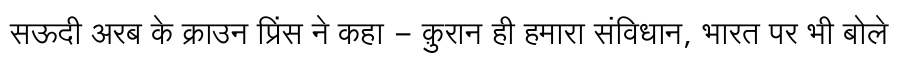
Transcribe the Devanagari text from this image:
सऊदी अरब के क्राउन प्रिंस ने कहा - क़ुरान ही हमारा संविधान, भारत पर भी बोले